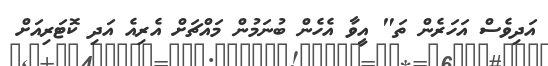
އަދިވެސް އަހަރެން ތަ" އީވާ އެހެން ބުނަމުން މައްޗަށް އެރިއެ އަދި ކޮޓަރިއަށް